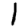
Digit: 1